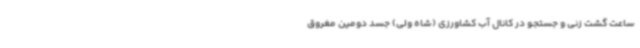
ساعت گشت زنی و جستجو در کانال آب کشاورزی (شاه ولی) جسد دومین مغروق